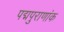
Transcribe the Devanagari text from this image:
पद्मपुराणांक